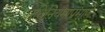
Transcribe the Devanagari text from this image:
अधिनियमाप्रमाणे